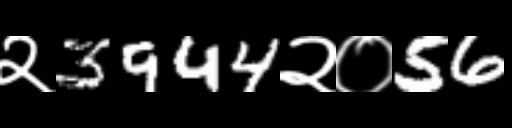
Text: २3944२०56